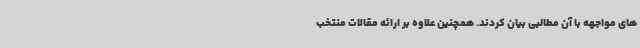
های مواجهه با آن مطالبی بیان کردند. همچنین علاوه بر ارائه مقالات منتخب